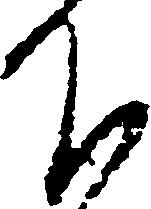
下